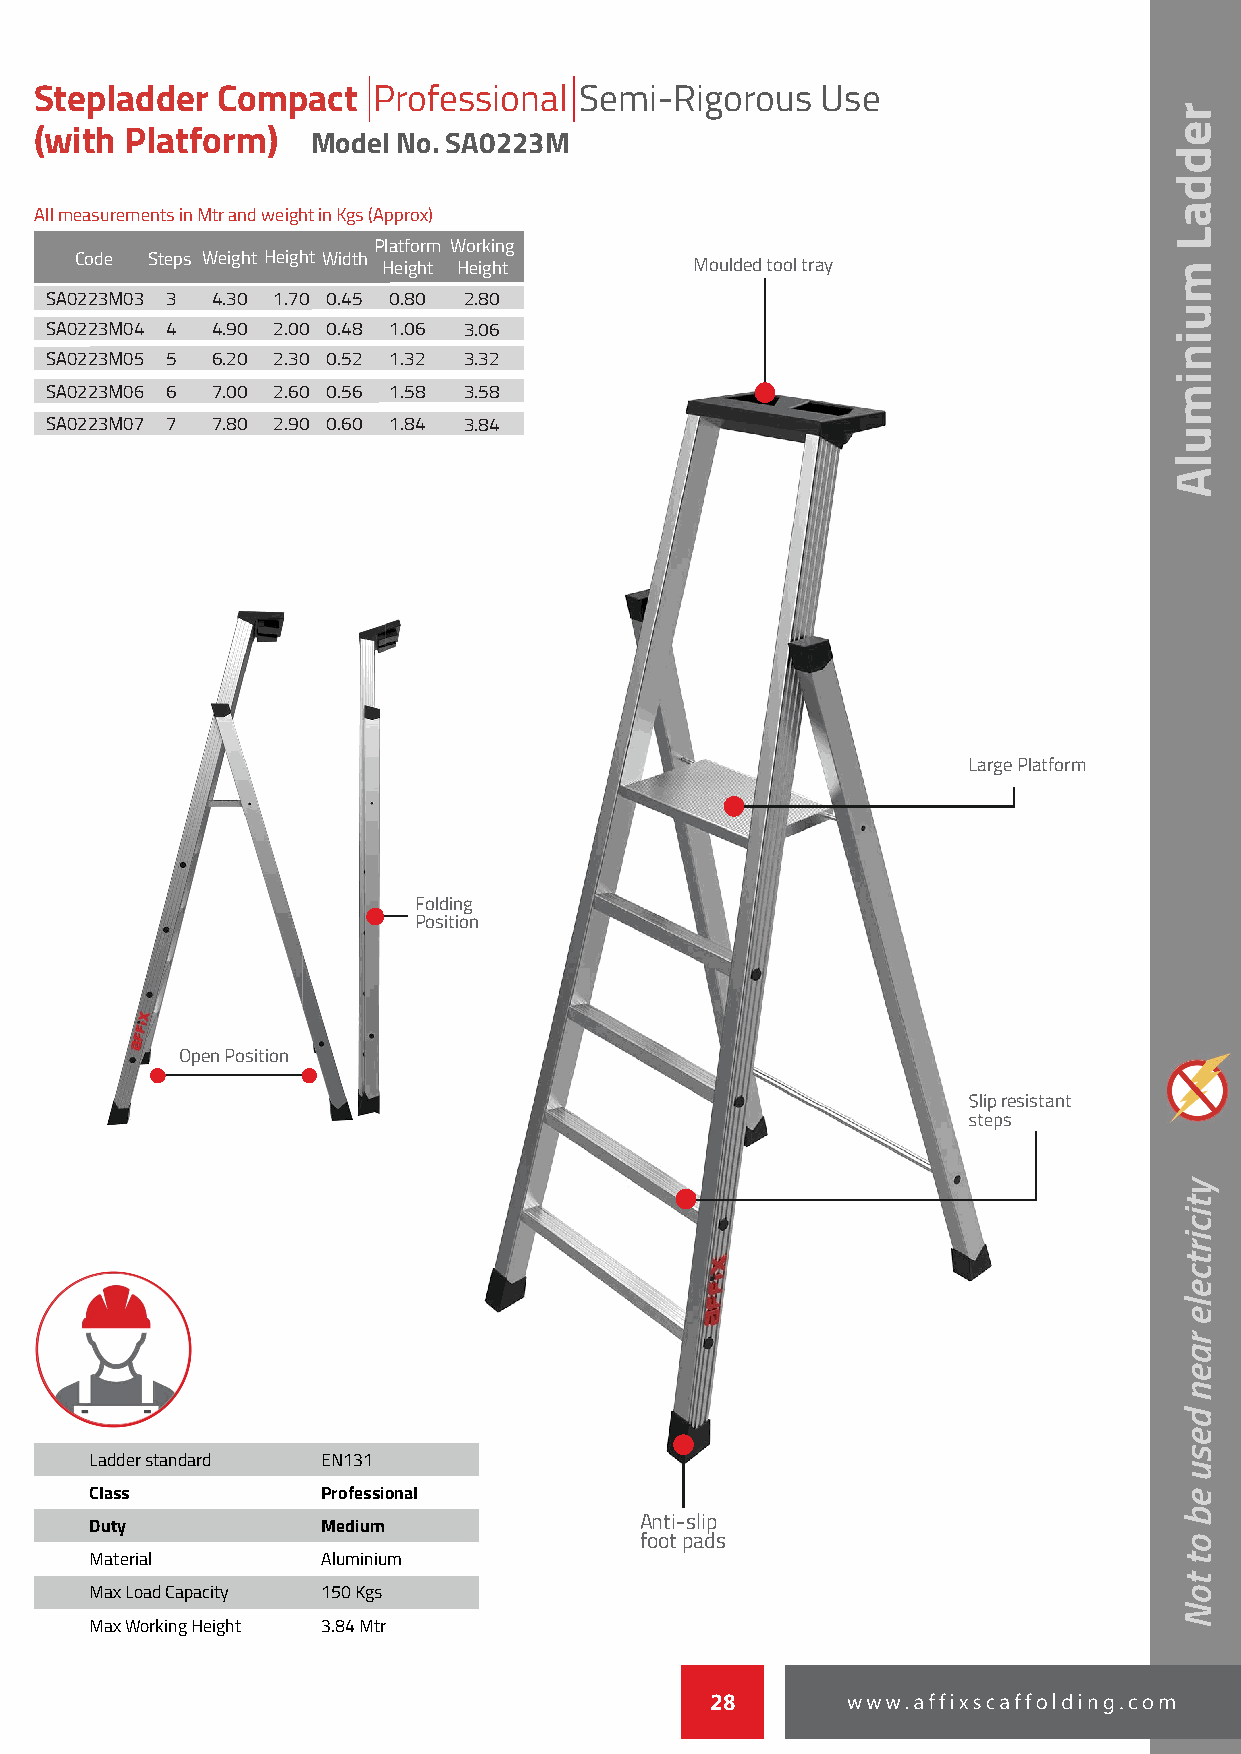
Stepladder  Compact    Professional Semi-Rigorous   Use
 (with Platform)    Model No. SA0223M
 All measurements in Mtr and weight in Kgs (Approx)
 Platform Working
 Code Steps Weight Height Width Height Height MMMMoooouuuullllddddeeeedddd ttttoooooooollll ttttrrrraaaayyyy
 SA0223M03 3 4.30 1.70 0.45 0.80 2.80
 SA0223M04 4 4.90 2.00 0.48 1.06 3.06
 SA0223M05 5 6.20 2.30 0.52 1.32 3.32
 SA0223M06 6 7.00 2.60 0.56 1.58 3.58
 SA0223M07 7 7.80 2.90 0.60 1.84 3.84
 LLLLaaaarrrrggggeeee PPPPllllaaaattttffffoooorrrrmmmm
 FFFFoooollllddddiiiinnnngggg
 PPPPoooossssiiiittttiiiioooonnnn
 OOOOppppeeeennnn PPPPoooossssiiiittttiiiioooonnnn
 SSSSSSSSSSSSSSSSSSSllllllllllllllllllliiiiiiiiiiiiiiiiiiippppppppppppppppppp rrrrrrrrrrrrrrrrrrreeeeeeeeeeeeeeeeeeesssssssssssssssssssiiiiiiiiiiiiiiiiiiissssssssssssssssssstttttttttttttttttttaaaaaaaaaaaaaaaaaaannnnnnnnnnnnnnnnnnnttttttttttttttttttt
 sssssssssssssssssssttttttttttttttttttteeeeeeeeeeeeeeeeeeepppppppppppppppppppsssssssssssssssssss
 Ladder standard EN131
 Class          Professional
 AAAAnnnnttttiiii----sssslllliiiipppp
 Duty           Medium
 ffffooooooootttt ppppaaaaddddssss
 Material       Aluminium
 Max Load Capacity 150 Kgs
 Max Working Height 3.84 Mtr
 28
 reddaL
 muinimulA
 yticirtcele
 raen
 desu
 eb
 ot
 toN